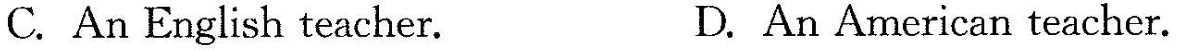
C. An English teacher. D.An American teacher.